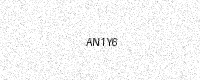
Text: AN1Y6